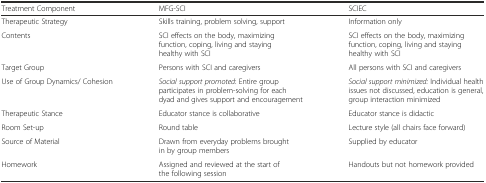
<table><thead><tr><td><b>Treatment Component</b></td><td><b>MFG-SCI</b></td><td><b>SCIEC</b></td></tr></thead><tbody><tr><td>Therapeutic Strategy</td><td>Skills training, problem solving, support</td><td>Information only</td></tr><tr><td>Contents</td><td>SCI effects on the body, maximizing function, coping, living and staying healthy with SCI</td><td>SCI effects on the body, maximizing function, coping, living and staying healthy with SCI</td></tr><tr><td>Target Group</td><td>Persons with SCI and caregivers</td><td>All persons with SCI and caregivers</td></tr><tr><td>Use of Group Dynamics/ Cohesion</td><td><i>Social support promoted</i>: Entire group participates in problem-solving for each dyad and gives support and encouragement</td><td><i>Social support minimized:</i> Individual health issues not discussed, education is general, group interaction minimized</td></tr><tr><td>Therapeutic Stance</td><td>Educator stance is collaborative</td><td>Educator stance is didactic</td></tr><tr><td>Room Set-up</td><td>Round table</td><td>Lecture style (all chairs face forward)</td></tr><tr><td>Source of Material</td><td>Drawn from everyday problems brought in by group members</td><td>Supplied by educator</td></tr><tr><td>Homework</td><td>Assigned and reviewed at the start of the following session</td><td>Handouts but not homework provided</td></tr></tbody></table>